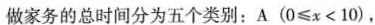
做家务的总时间分为五个类别：A(0\le x\lt10)，